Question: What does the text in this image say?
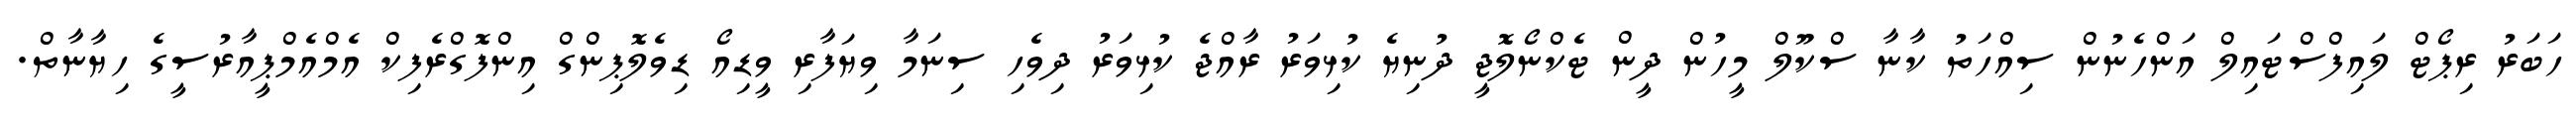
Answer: ހަބަރު ރިޕޯޓް ލައިފްސްޓައިލް އަންހެނުން ސިއްހަތު ކާނާ ސްކޫލް މީހުން ދީން ޓެކްނޯލޮޖީ ދުނިޔެ ކުޅިވަރު ރާއްޖެ ކުޅިވަރު ދިވެހި ސިނަމާ ވިޔަފާރި ވީޑިއޯ ޑިވެލޮޕިންގް އިންފޮގްރެފިކް އެމްއެމްޕީއާރުސީގެ ހިޔާނާތް.